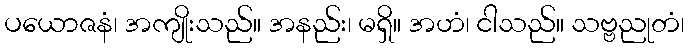
ပယောဇနံ၊ အကျိုးသည်။ အနည်း၊ မရှိ။ အဟံ၊ ငါသည်။ သဗ္ဗညုတံ၊